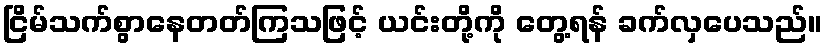
ငြိမ်သက်စွာနေတတ်ကြသဖြင့် ယင်းတို့ကို တွေ့ရန် ခက်လှပေသည်။